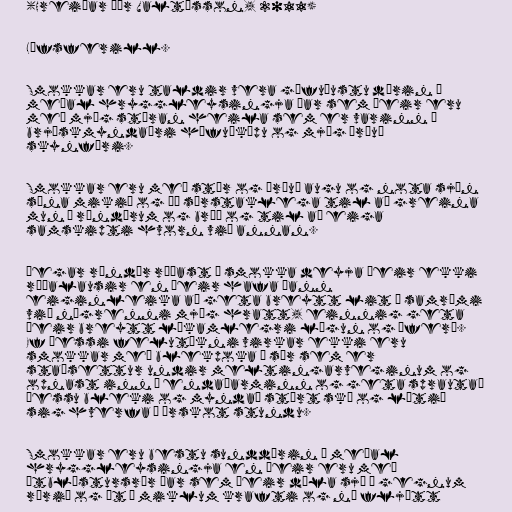
(Hreiðar Þór Valtýsson, 2011)

Lífsferill.

Smokkar eru taldir vera gáfuðustu dýrin á
meðal hryggleysingja þar sem þeir eru
með mjög stóran heila sem er varinn í
brjóskmyndaðri höfuðkúpu og mjög þróuð
skynfæri.

Smokkar eru með stór og þróuð augu og nota sjón
sína mikið og þá sérstaklega til að greina
mun á rándýrum og bráð og til að eiga
samskipti hvorn við annan.

Þegar rándýr ráðast á smokka deyja þeir ekki
ráðalausir en þeir hafa þann
eiginleika að geta breytt lit í samræmi
við nágrenni mjög hratt, einnig geta
þeir breytt líkamlegri lögun og áferð.
Ef þessi felutækni virkar ekki eru
smokkar með blekpoka á sér sem er
staðsettur undir meltingarveginum og
opnast inn í endaþarminn og geta sprautað
þessu bleki og myndað stórt ský og látið
sig hverfa á örskot stundu.

Smokkar eru bestu sunddýrin á meðal
hryggleysingja en þeir eru með
útblástursrör þar sem þeir dæla sjó í gegnum
rörið og út á miklum krafti og ná fljótt